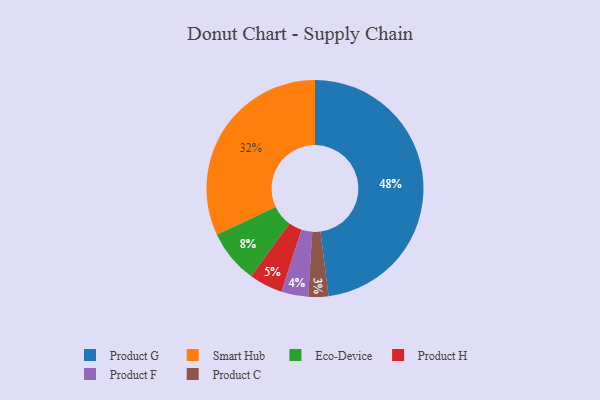
{"axis": {"x": "Category", "y": "Percentage"}, "legend": ["Eco-Device", "Product C", "Product F", "Product G", "Product H", "Smart Hub"], "data": [{"x": "Product H", "y": 5, "type": "Product H"}, {"x": "Eco-Device", "y": 8, "type": "Eco-Device"}, {"x": "Smart Hub", "y": 32, "type": "Smart Hub"}, {"x": "Product F", "y": 4, "type": "Product F"}, {"x": "Product G", "y": 48, "type": "Product G"}, {"x": "Product C", "y": 3, "type": "Product C"}]}